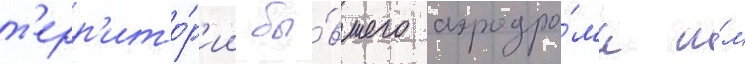
т'ерр'ито́р'ии бы́вшего аэродро́ма и́м